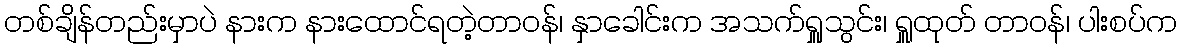
တစ်ချိန်တည်းမှာပဲ နားက နားထောင်ရတဲ့တာဝန်၊ နှာခေါင်းက အသက်ရှူသွင်း၊ ရှူထုတ် တာဝန်၊ ပါးစပ်က